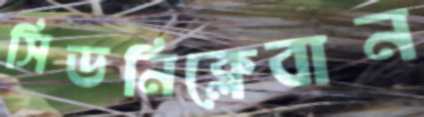
সিডনিক্লেবান